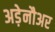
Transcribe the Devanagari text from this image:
अड़ेनौअर